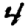
Digit: 4